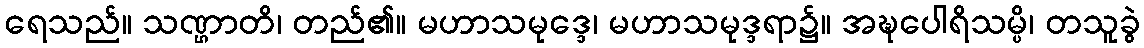
ရေသည်။ သဏ္ဌာတိ၊ တည်၏။ မဟာသမုဒ္ဒေ၊ မဟာသမုဒ္ဒရာ၌။ အဍ္ဎပေါရိသမ္ပိ၊ တသူခွဲ